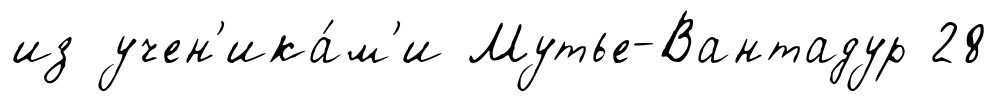
из учен'ика́м'и Мутье-Вантадур 28